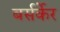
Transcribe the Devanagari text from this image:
बर्सर्केर